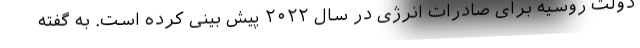
دولت روسیه برای صادرات انرژی در سال ۲۰۲۲ پیش بینی کرده است. به گفته